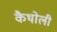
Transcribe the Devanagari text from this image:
कैथोली